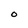
Character: O